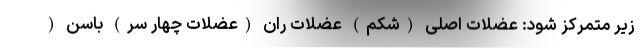
زیر متمرکز شود: عضلات اصلی (شکم) عضلات ران (عضلات چهار سر) باسن (